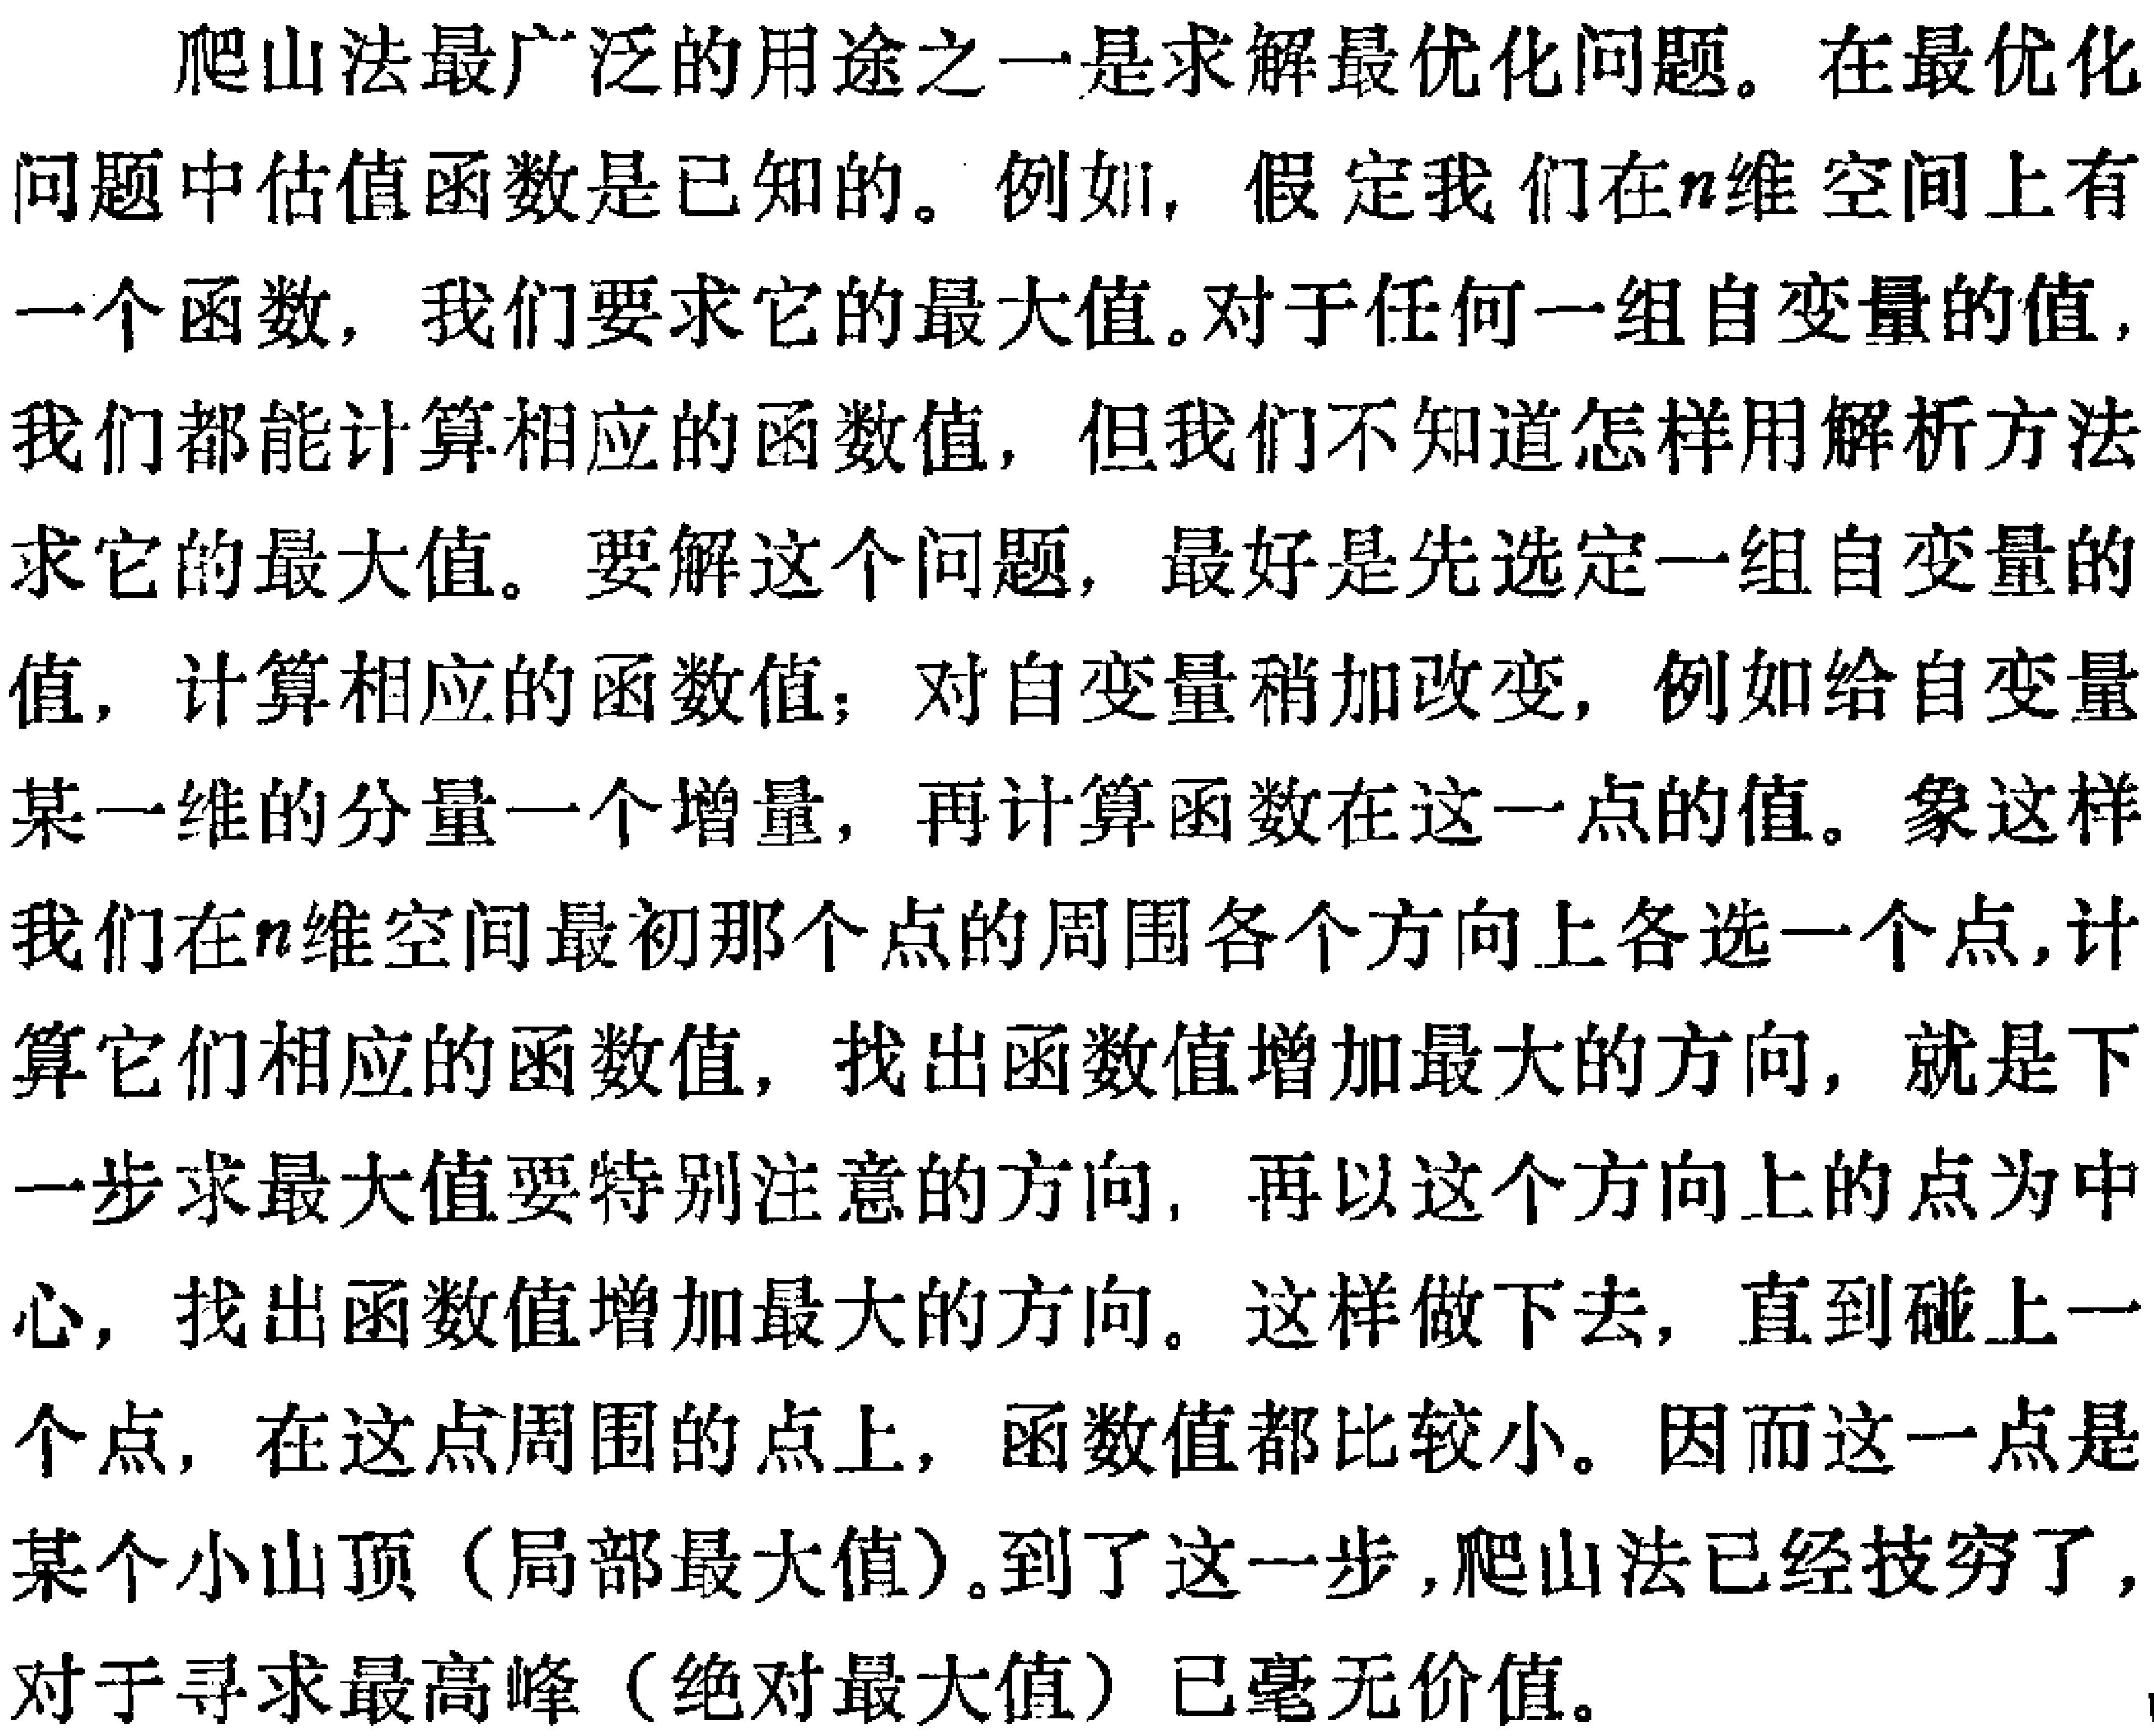
爬山法最广泛的用途之一是求解最优化问题。在最优化

问题中估值函数是已知的。例如，假定我们在\(n\)维空间上有

一个函数，我们要求它的最大值。对于任何一组自变量的值，

我们都能计算相应的函数值，但我们不知道怎样用解析方法

求它的最大值。要解这个问题，最好是先选定一组自变量的

值，计算相应的函数值；对自变量稍加改变，例如给自变量

某一维的分量一个增量，再计算函数在这一点的值。象这样

我们在\(n\)维空间最初那个点的周围各个方向上各选一个点，计

算它们相应的函数值，找出函数值增加最大的方向，就是下

一步求最大值要特别注意的方向，再以这个方向上的点为中

心，找出函数值增加最大的方向。这样做下去，直到碰上一

个点，在这点周围的点上，函数值都比较小。因而这一点是

某个小山顶（局部最大值）。到了这一步，爬山法已经技穷了，

对于寻求最高峰（绝对最大值）已毫无价值。